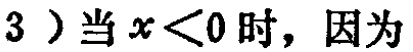
$3）当x < 0时，因为$